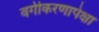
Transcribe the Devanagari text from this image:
वर्गीकरणापेक्षा